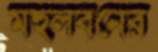
মহুলবনের